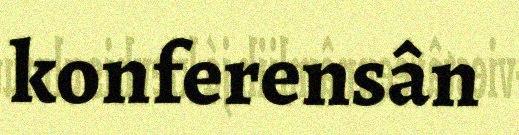
konferensân